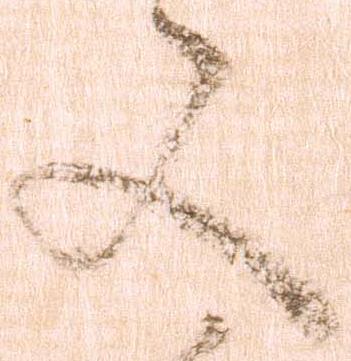
文